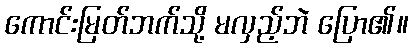
ကောင်းမြတ်ဘက်သို့ မလှည့်ဘဲ ပြော၏။